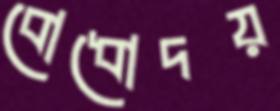
বোধোদয়